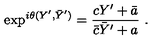
\exp ^ { i \theta ( Y ^ { \prime } , \bar { Y } ^ { \prime } ) } = { \frac { c Y ^ { \prime } + \bar { a } } { \bar { c } \bar { Y } ^ { \prime } + a } } \ .